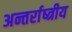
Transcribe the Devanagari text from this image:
अन्तर्राष्त्रीय